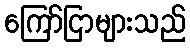
ကြော်ငြာများသည်